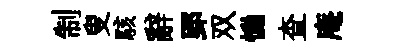
制叟駭辭郢双慟查庵